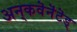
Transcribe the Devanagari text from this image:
अन्‌कवॆनॆंटॆड्